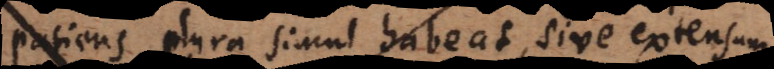
patiens plura simul habeat, sive extensum